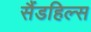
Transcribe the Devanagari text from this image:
सैंडहिल्स